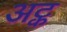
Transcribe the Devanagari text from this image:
अट्क